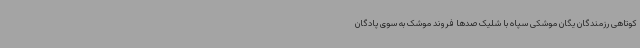
کوتاهی رزمندگان یگان موشکی سپاه با شلیک صدها فروند موشک به سوی پادگان